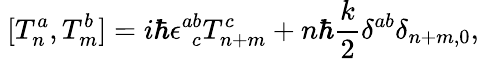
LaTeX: ~[T_{n}^{a},T_{m}^{b}]=i\hbar\epsilon_{\ \ c}^{ab}T_{n+m}^{c}+n\hbar\frac{k}{2}\delta^{ab}\delta_{n+m,0},